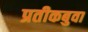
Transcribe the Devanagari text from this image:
प्रतीकबुवा